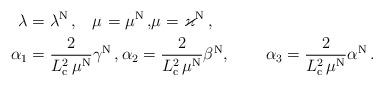
LaTeX: \begin{align*}\lambda_{} &=\lambda^{\rm N} \, ,\ \,\,\,\mu_{} =\mu^{\rm N}\, ,\!\mu_{} =\varkappa^{\rm N}\, ,\\\alpha_1 &=\frac{ 2}{L_{\rm c}^2 \, \mu^{\rm N}} \gamma^{\rm N}\, ,\alpha_2=\frac{ 2}{L_{\rm c}^2 \, \mu^{\rm N}} \beta^{\rm N} ,\qquad\, \alpha_3 =\frac{ 2}{L_{\rm c}^2 \, \mu^{\rm N}} \alpha^{\rm N} \, .\end{align*}